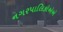
નગરપાલિકોએએ